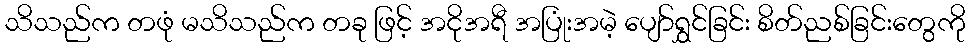
သိသည်က တဖုံ မသိသည်က တခု ဖြင့် အငိုအရီ အပြုံးအမဲ့ ပျော်ရွှင်ခြင်း စိတ်ညစ်ခြင်းတွေကို